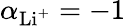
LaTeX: \alpha_{\mathrm{Li^{+}}}=-1